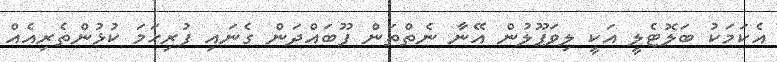
އެކަމަކު ބަލޮޓެލީ އަކީ ލިވަޕޫލުން އޭނާ ނެތްތަން ފޫބައްދަން ގެނައި ފުރިހަމަ ކުޅުންތެރިއެއް